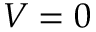
V = 0